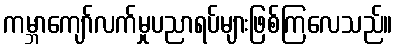
ကမ္ဘာကျော်လက်မှုပညာရပ်များဖြစ်ကြလေသည်။